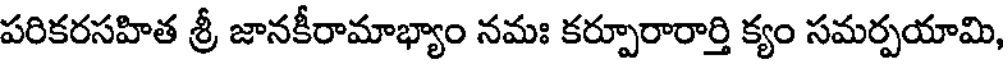
పరికరసహిత శ్రీ జానకీరామాభ్యాం నమః కర్పూరారార్తి క్యం సమర్పయామి,